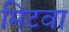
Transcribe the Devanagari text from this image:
मिटवा